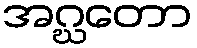
အဂ္ဃတော